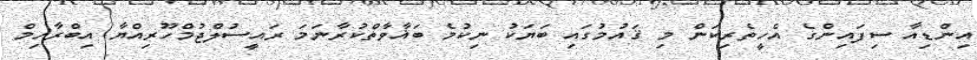
އިންޑިއާ ސިފައިންގެ އެހީތެރިކަން މި ޤައުމުގައި ބަޔަކު ނިކުމެ ބަޣާވާތްކުރާނަމަ ރައީސުލްޖުމްހޫރިއްޔާ އިބްރާހިމް